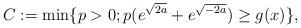
LaTeX: \begin{align*}C := \min\{p>0; p(e^{\sqrt{2a}}+e^{\sqrt{-2a}})\geq g(x)\},\end{align*}